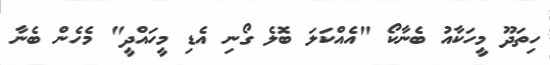
ހިތަދޫ މީހަކާއު ބެނާކޯ "އެއްކަލަ ބޮލެ ގޯނި އެޑި މީހައްދީ" މެހެން ބެނާ